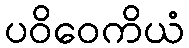
ပဝိဝေကိယံ